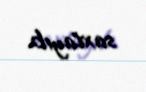
saxlayıb.